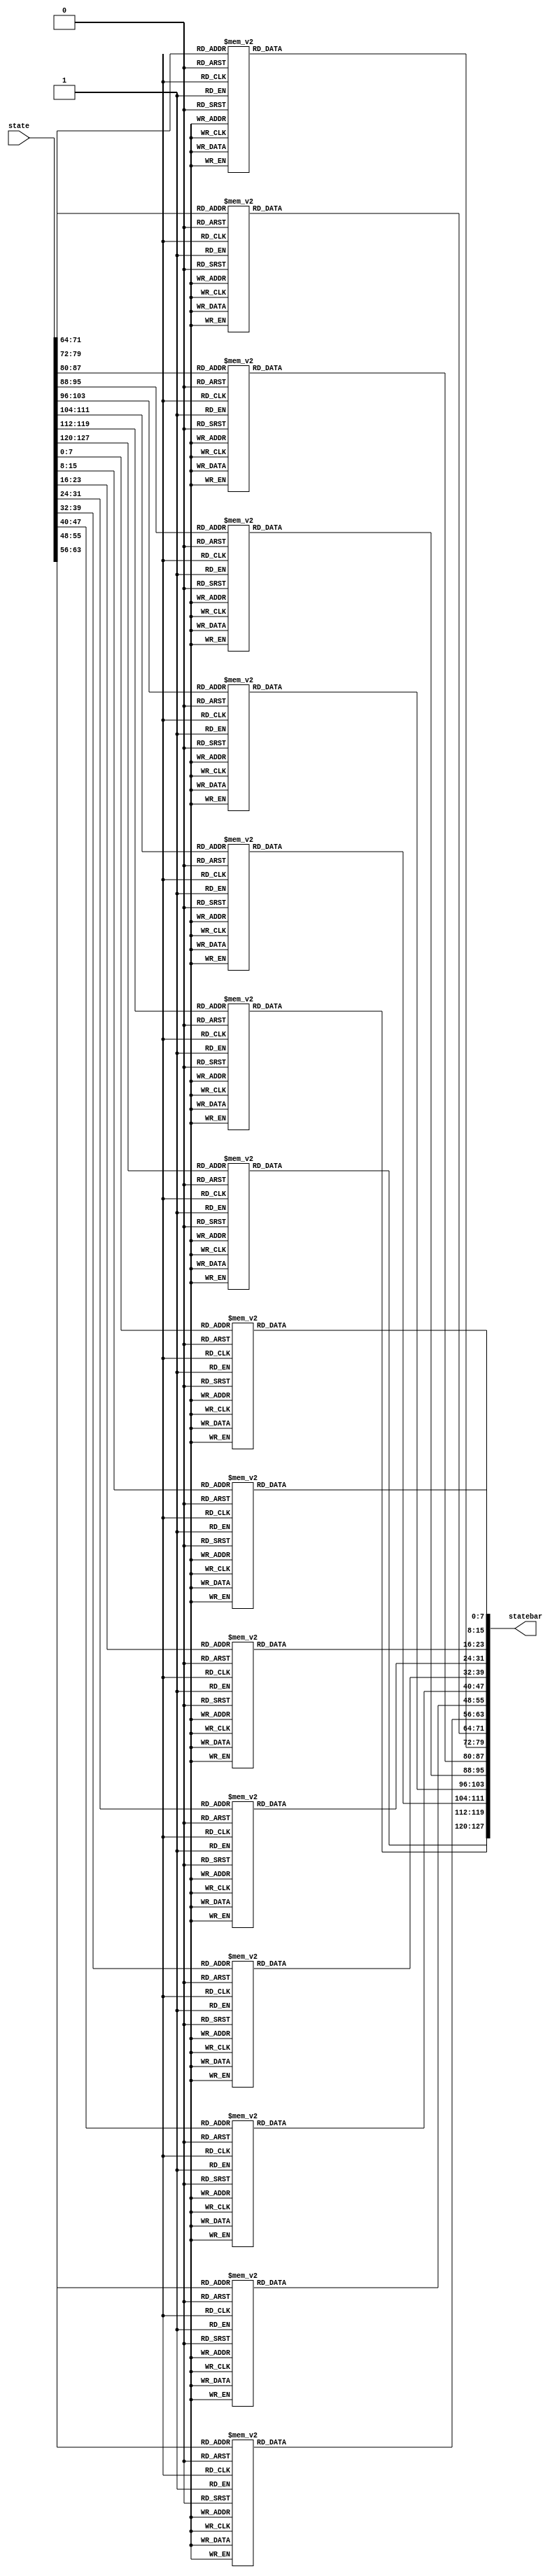
module subByte(state,statebar);
 input wire[127:0] state;
 output reg [127:0] statebar;
   integer i;
function [7:0] c(input [7:0] a);    //function to return the corresponding word in S-Box
        begin
        case (a)
           8'h00: c=8'h63;
	   8'h01: c=8'h7c;
	   8'h02: c=8'h77;
	   8'h03: c=8'h7b;
	   8'h04: c=8'hf2;
	   8'h05: c=8'h6b;
	   8'h06: c=8'h6f;
	   8'h07: c=8'hc5;
	   8'h08: c=8'h30;
	   8'h09: c=8'h01;
	   8'h0a: c=8'h67;
	   8'h0b: c=8'h2b;
	   8'h0c: c=8'hfe;
	   8'h0d: c=8'hd7;
	   8'h0e: c=8'hab;
	   8'h0f: c=8'h76;
	   8'h10: c=8'hca;
	   8'h11: c=8'h82;
	   8'h12: c=8'hc9;
	   8'h13: c=8'h7d;
	   8'h14: c=8'hfa;
	   8'h15: c=8'h59;
	   8'h16: c=8'h47;
	   8'h17: c=8'hf0;
	   8'h18: c=8'had;
	   8'h19: c=8'hd4;
	   8'h1a: c=8'ha2;
	   8'h1b: c=8'haf;
	   8'h1c: c=8'h9c;
	   8'h1d: c=8'ha4;
	   8'h1e: c=8'h72;
	   8'h1f: c=8'hc0;
	   8'h20: c=8'hb7;
	   8'h21: c=8'hfd;
	   8'h22: c=8'h93;
	   8'h23: c=8'h26;
	   8'h24: c=8'h36;
	   8'h25: c=8'h3f;
	   8'h26: c=8'hf7;
	   8'h27: c=8'hcc;
	   8'h28: c=8'h34;
	   8'h29: c=8'ha5;
	   8'h2a: c=8'he5;
	   8'h2b: c=8'hf1;
	   8'h2c: c=8'h71;
	   8'h2d: c=8'hd8;
	   8'h2e: c=8'h31;
	   8'h2f: c=8'h15;
	   8'h30: c=8'h04;
	   8'h31: c=8'hc7;
	   8'h32: c=8'h23;
	   8'h33: c=8'hc3;
	   8'h34: c=8'h18;
	   8'h35: c=8'h96;
	   8'h36: c=8'h05;
	   8'h37: c=8'h9a;
	   8'h38: c=8'h07;
	   8'h39: c=8'h12;
	   8'h3a: c=8'h80;
	   8'h3b: c=8'he2;
	   8'h3c: c=8'heb;
	   8'h3d: c=8'h27;
	   8'h3e: c=8'hb2;
	   8'h3f: c=8'h75;
	   8'h40: c=8'h09;
	   8'h41: c=8'h83;
	   8'h42: c=8'h2c;
	   8'h43: c=8'h1a;
	   8'h44: c=8'h1b;
	   8'h45: c=8'h6e;
	   8'h46: c=8'h5a;
	   8'h47: c=8'ha0;
	   8'h48: c=8'h52;
	   8'h49: c=8'h3b;
	   8'h4a: c=8'hd6;
	   8'h4b: c=8'hb3;
	   8'h4c: c=8'h29;
	   8'h4d: c=8'he3;
	   8'h4e: c=8'h2f;
	   8'h4f: c=8'h84;
	   8'h50: c=8'h53;
	   8'h51: c=8'hd1;
	   8'h52: c=8'h00;
	   8'h53: c=8'hed;
	   8'h54: c=8'h20;
	   8'h55: c=8'hfc;
	   8'h56: c=8'hb1;
	   8'h57: c=8'h5b;
	   8'h58: c=8'h6a;
	   8'h59: c=8'hcb;
	   8'h5a: c=8'hbe;
	   8'h5b: c=8'h39;
	   8'h5c: c=8'h4a;
	   8'h5d: c=8'h4c;
	   8'h5e: c=8'h58;
	   8'h5f: c=8'hcf;
	   8'h60: c=8'hd0;
	   8'h61: c=8'hef;
	   8'h62: c=8'haa;
	   8'h63: c=8'hfb;
	   8'h64: c=8'h43;
	   8'h65: c=8'h4d;
	   8'h66: c=8'h33;
	   8'h67: c=8'h85;
	   8'h68: c=8'h45;
	   8'h69: c=8'hf9;
	   8'h6a: c=8'h02;
	   8'h6b: c=8'h7f;
	   8'h6c: c=8'h50;
	   8'h6d: c=8'h3c;
	   8'h6e: c=8'h9f;
	   8'h6f: c=8'ha8;
	   8'h70: c=8'h51;
	   8'h71: c=8'ha3;
	   8'h72: c=8'h40;
	   8'h73: c=8'h8f;
	   8'h74: c=8'h92;
	   8'h75: c=8'h9d;
	   8'h76: c=8'h38;
	   8'h77: c=8'hf5;
	   8'h78: c=8'hbc;
	   8'h79: c=8'hb6;
	   8'h7a: c=8'hda;
	   8'h7b: c=8'h21;
	   8'h7c: c=8'h10;
	   8'h7d: c=8'hff;
	   8'h7e: c=8'hf3;
	   8'h7f: c=8'hd2;
	   8'h80: c=8'hcd;
	   8'h81: c=8'h0c;
	   8'h82: c=8'h13;
	   8'h83: c=8'hec;
	   8'h84: c=8'h5f;
	   8'h85: c=8'h97;
	   8'h86: c=8'h44;
	   8'h87: c=8'h17;
	   8'h88: c=8'hc4;
	   8'h89: c=8'ha7;
	   8'h8a: c=8'h7e;
	   8'h8b: c=8'h3d;
	   8'h8c: c=8'h64;
	   8'h8d: c=8'h5d;
	   8'h8e: c=8'h19;
	   8'h8f: c=8'h73;
	   8'h90: c=8'h60;
	   8'h91: c=8'h81;
	   8'h92: c=8'h4f;
	   8'h93: c=8'hdc;
	   8'h94: c=8'h22;
	   8'h95: c=8'h2a;
	   8'h96: c=8'h90;
	   8'h97: c=8'h88;
	   8'h98: c=8'h46;
	   8'h99: c=8'hee;
	   8'h9a: c=8'hb8;
	   8'h9b: c=8'h14;
	   8'h9c: c=8'hde;
	   8'h9d: c=8'h5e;
	   8'h9e: c=8'h0b;
	   8'h9f: c=8'hdb;
	   8'ha0: c=8'he0;
	   8'ha1: c=8'h32;
	   8'ha2: c=8'h3a;
	   8'ha3: c=8'h0a;
	   8'ha4: c=8'h49;
	   8'ha5: c=8'h06;
	   8'ha6: c=8'h24;
	   8'ha7: c=8'h5c;
	   8'ha8: c=8'hc2;
	   8'ha9: c=8'hd3;
	   8'haa: c=8'hac;
	   8'hab: c=8'h62;
	   8'hac: c=8'h91;
	   8'had: c=8'h95;
	   8'hae: c=8'he4;
	   8'haf: c=8'h79;
	   8'hb0: c=8'he7;
	   8'hb1: c=8'hc8;
	   8'hb2: c=8'h37;
	   8'hb3: c=8'h6d;
	   8'hb4: c=8'h8d;
	   8'hb5: c=8'hd5;
	   8'hb6: c=8'h4e;
	   8'hb7: c=8'ha9;
	   8'hb8: c=8'h6c;
	   8'hb9: c=8'h56;
	   8'hba: c=8'hf4;
	   8'hbb: c=8'hea;
	   8'hbc: c=8'h65;
	   8'hbd: c=8'h7a;
	   8'hbe: c=8'hae;
	   8'hbf: c=8'h08;
	   8'hc0: c=8'hba;
	   8'hc1: c=8'h78;
	   8'hc2: c=8'h25;
	   8'hc3: c=8'h2e;
	   8'hc4: c=8'h1c;
	   8'hc5: c=8'ha6;
	   8'hc6: c=8'hb4;
	   8'hc7: c=8'hc6;
	   8'hc8: c=8'he8;
	   8'hc9: c=8'hdd;
	   8'hca: c=8'h74;
	   8'hcb: c=8'h1f;
	   8'hcc: c=8'h4b;
	   8'hcd: c=8'hbd;
	   8'hce: c=8'h8b;
	   8'hcf: c=8'h8a;
	   8'hd0: c=8'h70;
	   8'hd1: c=8'h3e;
	   8'hd2: c=8'hb5;
	   8'hd3: c=8'h66;
	   8'hd4: c=8'h48;
	   8'hd5: c=8'h03;
	   8'hd6: c=8'hf6;
	   8'hd7: c=8'h0e;
	   8'hd8: c=8'h61;
	   8'hd9: c=8'h35;
	   8'hda: c=8'h57;
	   8'hdb: c=8'hb9;
	   8'hdc: c=8'h86;
	   8'hdd: c=8'hc1;
	   8'hde: c=8'h1d;
	   8'hdf: c=8'h9e;
	   8'he0: c=8'he1;
	   8'he1: c=8'hf8;
	   8'he2: c=8'h98;
	   8'he3: c=8'h11;
	   8'he4: c=8'h69;
	   8'he5: c=8'hd9;
	   8'he6: c=8'h8e;
	   8'he7: c=8'h94;
	   8'he8: c=8'h9b;
	   8'he9: c=8'h1e;
	   8'hea: c=8'h87;
	   8'heb: c=8'he9;
	   8'hec: c=8'hce;
	   8'hed: c=8'h55;
	   8'hee: c=8'h28;
	   8'hef: c=8'hdf;
	   8'hf0: c=8'h8c;
	   8'hf1: c=8'ha1;
	   8'hf2: c=8'h89;
	   8'hf3: c=8'h0d;
	   8'hf4: c=8'hbf;
	   8'hf5: c=8'he6;
	   8'hf6: c=8'h42;
	   8'hf7: c=8'h68;
	   8'hf8: c=8'h41;
	   8'hf9: c=8'h99;
	   8'hfa: c=8'h2d;
	   8'hfb: c=8'h0f;
	   8'hfc: c=8'hb0;
	   8'hfd: c=8'h54;
	   8'hfe: c=8'hbb;
	   8'hff: c=8'h16;
	endcase
end
endfunction
  
always @*begin
for(i=0;i<16;i=i+1)begin

statebar[7+8*i-:8]=c(state[7+8*i-:8]);
end

end


endmodule